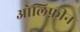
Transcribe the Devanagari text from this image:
ओलिफ़ीन